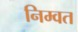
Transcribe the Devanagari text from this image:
निम्वत